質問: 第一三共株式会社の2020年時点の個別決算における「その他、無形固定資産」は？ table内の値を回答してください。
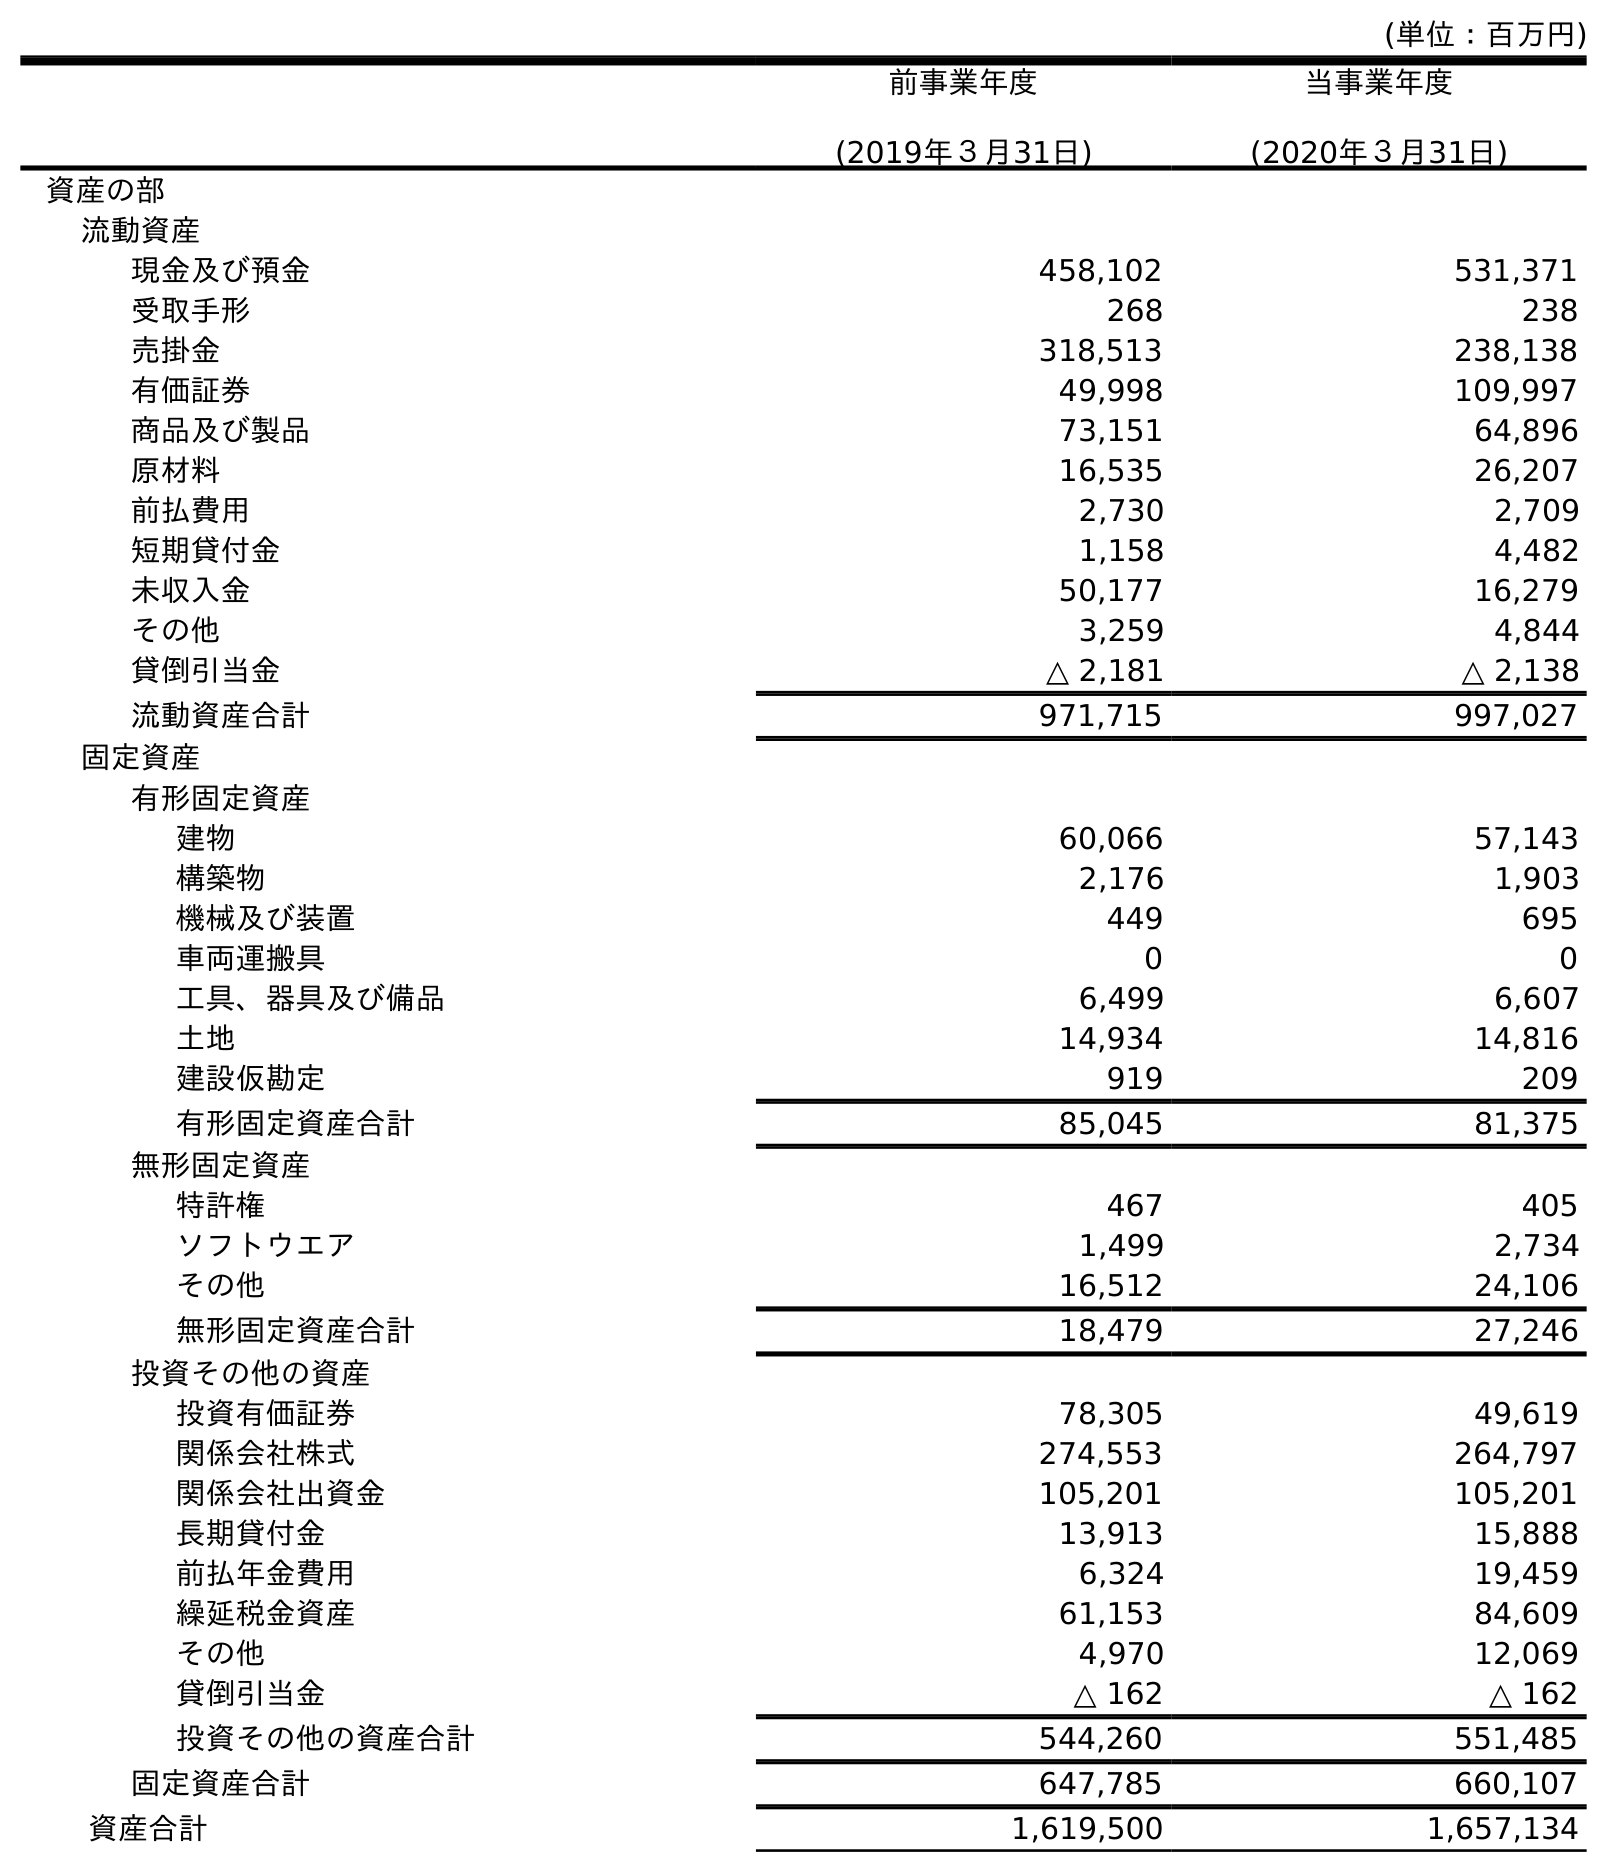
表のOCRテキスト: (単位：百万円) 前事業年度 (2019年３月31日) 当事業年度 (2020年３月31日) 資産の部 流動資産 現金及び預金 458,102 531,371 受取手形 268 238 売掛金 318,513 238,138 有価証券 49,998 109,997 商品及び製品 73,151 64,896 原材料 16,535 26,207 前払費用 2,730 2,709 短期貸付金 1,158 4,482 未収入金 50,177 16,279 その他 3,259 4,844 貸倒引当金 △ 2,181 △ 2,138 流動資産合計 971,715 997,027 固定資産 有形固定資産 建物 60,066 57,143 構築物 2,176 1,903 機械及び装置 449 695 車両運搬具 0 0 工具、器具及び備品 6,499 6,607 土地 14,934 14,816 建設仮勘定 919 209 有形固定資産合計 85,045 81,375 無形固定資産 特許権 467 405 ソフトウエア 1,499 2,734 その他 16,512 24,106 無形固定資産合計 18,479 27,246 投資その他の資産 投資有価証券 78,305 49,619 関係会社株式 274,553 264,797 関係会社出資金 105,201 105,201 長期貸付金 13,913 15,888 前払年金費用 6,324 19,459 繰延税金資産 61,153 84,609 その他 4,970 12,069 貸倒引当金 △ 162 △ 162 投資その他の資産合計 544,260 551,485 固定資産合計 647,785 660,107 資産合計 1,619,500 1,657,134
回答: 24,106